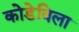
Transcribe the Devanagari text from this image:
कोडेविला